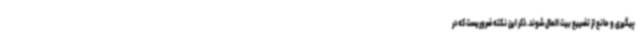
پیگیری و مانع از تضییع بیت المال شوند. ذکر این نکته ضروریست که در